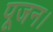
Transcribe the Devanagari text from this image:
पूजन।